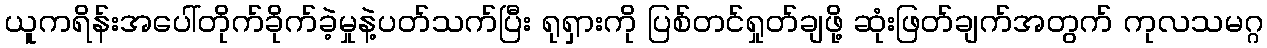
ယူကရိန်းအပေါ်တိုက်ခိုက်ခဲ့မှုနဲ့ပတ်သက်ပြီး ရုရှားကို ပြစ်တင်ရှုတ်ချဖို့ ဆုံးဖြတ်ချက်အတွက် ကုလသမဂ္ဂ